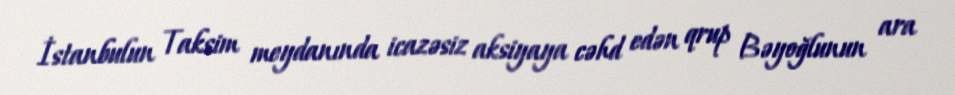
İstanbulun Taksim meydanında icazəsiz aksiyaya cəhd edən qrup Bəyoğlunun ara